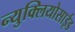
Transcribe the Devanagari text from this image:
न्युक्लियोसाईड